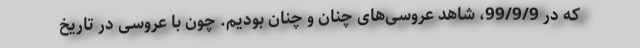
که در 99/9/9، شاهد عروسی‌های چنان و چنان بودیم. چون با عروسی در تاریخ